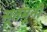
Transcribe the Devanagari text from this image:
सूतमूनी